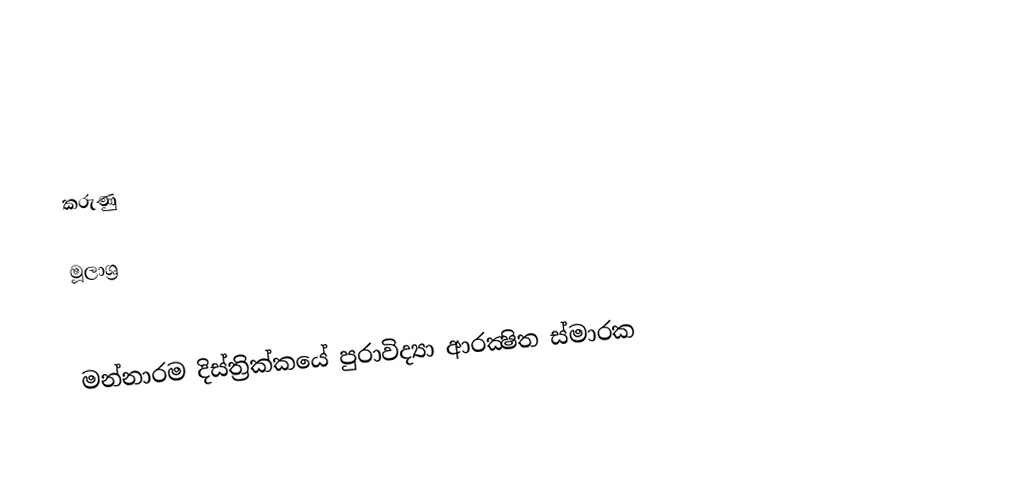

කරුණු

මූලාශ්‍ර

මන්නාරම දිස්ත්‍රික්කයේ පුරාවිද්‍යා ආරක්‍ෂිත ස්මාරක